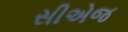
સીએજ